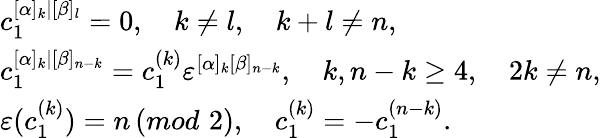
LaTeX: \begin{array}{l}{{c_{1}^{[\alpha]_{k}|[\beta]_{l}}=0,\quad k\neq l,\quad k+l\neq n,}}\\ {{c_{1}^{[\alpha]_{k}|[\beta]_{n-k}}=c_{1}^{(k)}\varepsilon^{[\alpha]_{k}[\beta]_{n-k}},\quad k,n-k\ge 4,\quad 2k\neq n,}}\\ {{\varepsilon(c_{1}^{(k)})=n\, (mod\, \, 2),\quad c_{1}^{(k)}=-c_{1}^{(n-k)}.}}\end{array}